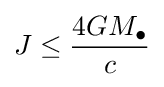
J\leq {\frac {4GM_{\bullet }}{c}}